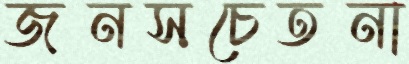
জনসচেতনা